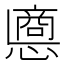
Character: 𢠀